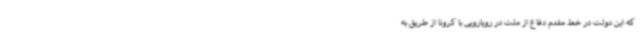
که این دولت در خط مقدم دفاع از ملت در رویارویی با کرونا از طریق به